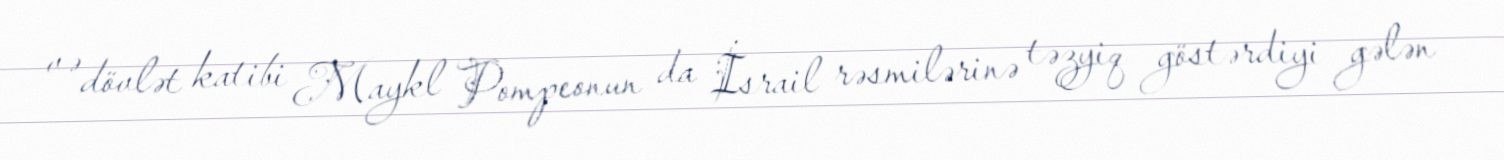
və dövlət katibi Maykl Pompeonun da İsrail rəsmilərinə təzyiq göstərdiyi gələn